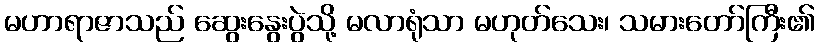
မဟာရာဇာသည် ဆွေးနွေးပွဲသို့ မလာရုံသာ မဟုတ်သေး၊ သမားတော်ကြီး၏